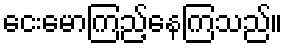
ငေးမောကြည့်နေကြသည်။